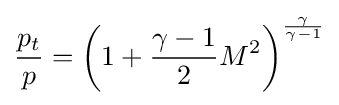
{\frac {p_{t}}{p}}=\left(1+{\frac {\gamma -1}{2}}M^{2}\right)^{\frac {\gamma }{\gamma -1}}